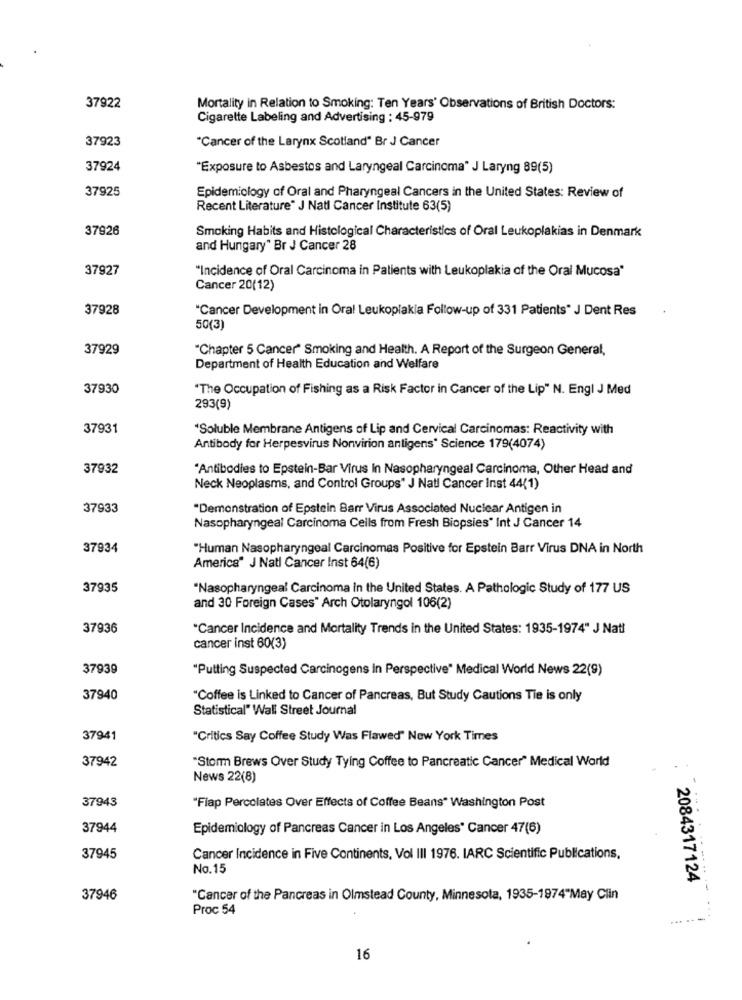
37922
Mortality in Relation to Smoking: Ten Years' Observations of British Doctors:
Cigarette Labeling and Advertising : 45-979
37923
"Cancer of the Larynx Scotland" Br J Cancer
37924
"Exposure to Asbestos and Laryngeal Carcinoma" J Laryng 89(5)
37925
Epidemiology of Oral and Pharyngeal Cancers in the United States: Review of
Recent Literature" J Natl Cancer Institute 63(5)
37926
Smoking Habits and Histological Characteristics of Oral Leukoplakias in Denmark
and Hungary" Br J Cancer 28
37927
"Incidence of Oral Carcinoma in Patients with Leukoplakia of the Oral Mucosa"
Cancer 20(12)
37928
"Cancer Development in Ora! Leukoplakia Follow-up of 331 Patients" J Dent Res
50(3)
37929
"Chapter 5 Cancer" Smoking and Health. A Report of the Surgeon General,
Department of Health Education and Welfare
37930
"The Occupation of Fishing as a Risk Factor in Cancer of the Lip" N. Engl J Med
293(9)
37931
*Soluble Membrane Antigens of Lip and Cervical Carcinomas: Reactivity with
Antibody for Herpesvirus Nonvirion antigens" Science 179(4074)
37932
"Antibodies to Epstein-Bar Virus In Nasopharyngeal Carcinoma, Other Head and
Neck Neoplasms, and Control Groups" J Natl Cancer Inst 44(1)
37933
"Demonstration of Epstein Barr Virus Associated Nuclear Antigen in
Nasopharyngeal Carcinoma Cells from Fresh Biopsies" Int J Cancer 14
37934
"Human Nasopharyngeal Carcinomas Positive for Epstein Barr Virus DNA in North
America" J Nati Cancer Inst 64(6)
37935
"Nasopharyngeal Carcinoma in the United States. A Pathologic Study of 177 US
and 30 Foreign Cases" Arch Otolaryngol 106(2)
37936
"Cancer Incidence and Mortality Trends in the United States: 1935-1974" J Natl
cancer inst 60(3)
37939
"Putting Suspected Carcinogens in Perspective" Medical World News 22(9)
37940
"Coffee is Linked to Cancer of Pancreas, But Study Cautions Tie is only
Statistical" Wall Street Journal
37941
"Critics Say Coffee Study Was Flawed" New York Times
"Storm Brews Over Study Tying Coffee to Pancreatic Cancer" Medical World
37942
News 22(8)
37943
"Flap Percolates Over Effects of Coffee Beans" Washington Post
37944
Epidemiology of Pancreas Cancer in Los Angeles" Cancer 47(6)
37945
Cancer Incidence in Five Continents, Vol III 1976. IARC Scientific Publications,
No.15
2084317124
37946
"Cancer of the Pancreas in Olmstead County, Minnesota, 1935-1974"May Clin
Proc 54
16